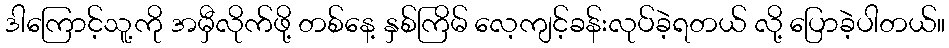
ဒါကြောင့်သူ့ကို အမှီလိုက်ဖို့ တစ်နေ့ နှစ်ကြိမ် လေ့ကျင့်ခန်းလုပ်ခဲ့ရတယ် လို့ ပြောခဲ့ပါတယ်။